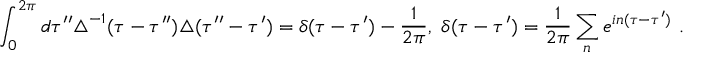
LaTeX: \int _ { 0 } ^ { 2 \pi } d \tau ^ { \prime \prime } \triangle ^ { - 1 } ( \tau - \tau ^ { \prime \prime } ) \triangle ( \tau ^ { \prime \prime } - \tau ^ { \prime } ) = \delta ( \tau - \tau ^ { \prime } ) - \frac { 1 } { 2 \pi } , \ \delta ( \tau - \tau ^ { \prime } ) = \frac { 1 } { 2 \pi } \sum _ { n } e ^ { i n ( \tau - \tau ^ { \prime } ) } \ .